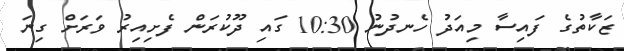
ޒަކާތުގެ ފައިސާ މިއަދު ހެނދުނު 10:30 ގައި ދޫކުރަން ފެށިއިރު ވަރަށް ގިނަ